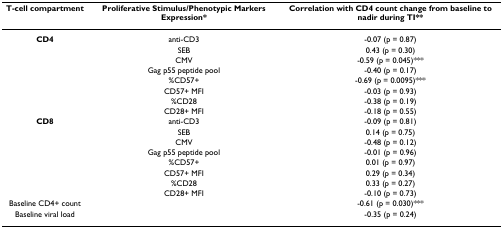
<table><thead><tr><td><b>T-cell compartment</b></td><td><b>Proliferative Stimulus/Phenotypic Markers Expression*</b></td><td><b>Correlation with CD4 count change from baseline to nadir during TI**</b></td></tr></thead><tbody><tr><td><b>CD4</b></td><td>anti-CD3</td><td>-0.07 (p = 0.87)</td></tr><tr><td></td><td>SEB</td><td>0.43 (p = 0.30)</td></tr><tr><td></td><td>CMV</td><td>-0.59 (p = 0.045)***</td></tr><tr><td></td><td>Gag p55 peptide pool</td><td>-0.40 (p = 0.17)</td></tr><tr><td></td><td>%CD57+</td><td>-0.69 (p = 0.0095)***</td></tr><tr><td></td><td>CD57+ MFI</td><td>-0.03 (p = 0.93)</td></tr><tr><td></td><td>%CD28</td><td>-0.38 (p = 0.19)</td></tr><tr><td></td><td>CD28+ MFI</td><td>-0.18 (p = 0.55)</td></tr><tr><td><b>CD8</b></td><td>anti-CD3</td><td>-0.09 (p = 0.81)</td></tr><tr><td></td><td>SEB</td><td>0.14 (p = 0.75)</td></tr><tr><td></td><td>CMV</td><td>-0.48 (p = 0.12)</td></tr><tr><td></td><td>Gag p55 peptide pool</td><td>-0.01 (p = 0.96)</td></tr><tr><td></td><td>%CD57+</td><td>0.01 (p = 0.97)</td></tr><tr><td></td><td>CD57+ MFI</td><td>0.29 (p = 0.34)</td></tr><tr><td></td><td>%CD28</td><td>0.33 (p = 0.27)</td></tr><tr><td></td><td>CD28+ MFI</td><td>-0.10 (p = 0.73)</td></tr><tr><td>Baseline CD4+ count</td><td></td><td>-0.61 (p = 0.030)***</td></tr><tr><td>Baseline viral load</td><td></td><td>-0.35 (p = 0.24)</td></tr></tbody></table>